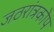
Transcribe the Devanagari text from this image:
जठरांत्रकोप